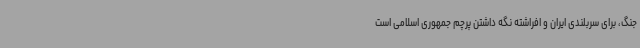
جنگ، برای سربلندی ایران و افراشته نگه داشتن پرچم جمهوری اسلامی است